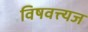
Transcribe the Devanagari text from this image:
विषवत्त्यज